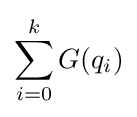
\sum _{i=0}^{k}G(q_{i})